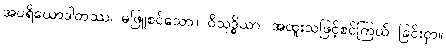
အပရိယောဒါတဿ၊ မဖြူစင်သော။ ဝိသုဒ္ဓိယာ၊ အထူးသဖြင့်စင်ကြယ် ခြင်းငှာ။